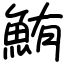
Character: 鮪